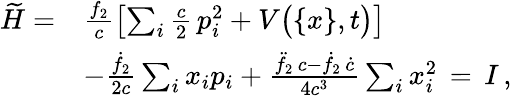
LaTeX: \begin{array}{rl}{\widetilde{H}=}&{\frac{f_{2}}{c}\left[\sum_{i}\frac{c}{2}\, p_{i}^{2}+V\big(\{ x\} ,t\big)\right]}\\ &{-\frac{\dot{f}_{2}}{2c}\sum_{i}x_{i}p_{i}+\frac{\ddot{f}_{2}\, c-\dot{f}_{2}\, \dot{c}}{4c^{3}}\sum_{i}x_{i}^{2}\, =\, I\, ,}\end{array}